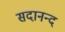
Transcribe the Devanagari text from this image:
सदानन्‍द